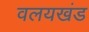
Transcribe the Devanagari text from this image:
वलयखंड